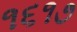
૧૬૧૭